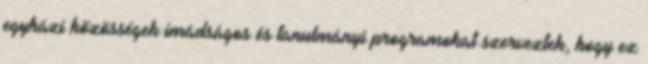
egyházi közösségek imádságos és tanulmányi programokat szerveztek, hogy ez